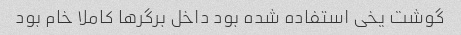
گوشت یخی استفاده شده بود داخل برگر‌ها کاملا خام بود